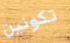
تكونين